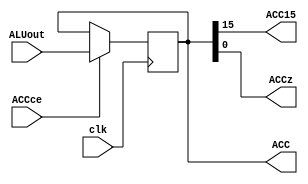
module ACC_reg (clk, ACCce, ALUout, ACC, ACC15, ACCz);

input clk, ACCce;
input [15:0] ALUout;

output ACC15, ACCz;
output reg [15:0] ACC;

assign ACC15 = ACC[15];
assign ACCz = ACC[0];

always @(posedge clk)
  if (ACCce) ACC <= ALUout[15:0];

endmodule